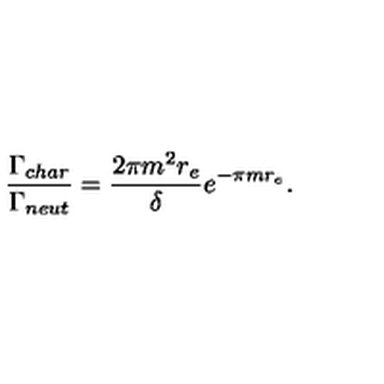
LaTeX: \frac { \Gamma _ { c h a r } } { \Gamma _ { n e u t } } = \frac { 2 \pi m ^ { 2 } r _ { e } } { \delta } e ^ { - \pi m r _ { e } } .